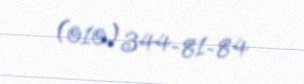
(010) 344-81-84